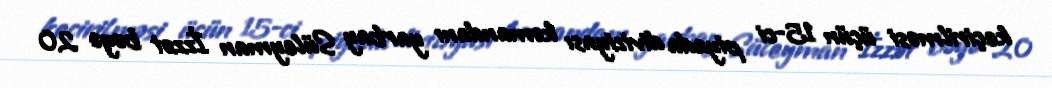
keçirilməsi üçün 15-ci piyada diviziyası komandanı yarbay Süleyman İzzət bəyə 20